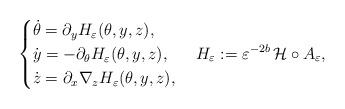
LaTeX: \begin{align*}\begin{cases}\dot{\theta}=\partial_y H_{\varepsilon}(\theta, y, z),\\\dot{y}=-\partial_{\theta} H_{\varepsilon}(\theta, y, z),\\\dot{z}=\partial_x \nabla_z H_{\varepsilon}(\theta, y, z),\end{cases}H_{\varepsilon}:=\varepsilon^{-2 b}\,\mathcal{H}\circ A_{\varepsilon},\end{align*}